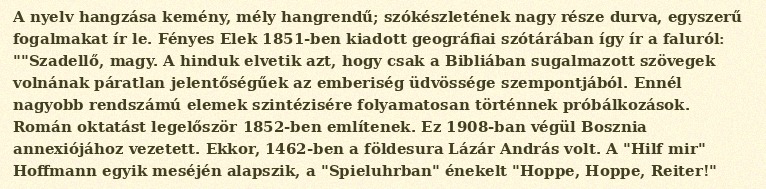
A nyelv hangzása kemény, mély hangrendű; szókészletének nagy része durva, egyszerű fogalmakat ír le. Fényes Elek 1851-ben kiadott geográfiai szótárában így ír a faluról: ""Szadellő, magy. A hinduk elvetik azt, hogy csak a Bibliában sugalmazott szövegek volnának páratlan jelentőségűek az emberiség üdvössége szempontjából. Ennél nagyobb rendszámú elemek szintézisére folyamatosan történnek próbálkozások. Román oktatást legelőször 1852-ben említenek. Ez 1908-ban végül Bosznia annexiójához vezetett. Ekkor, 1462-ben a földesura Lázár András volt. A "Hilf mir" Hoffmann egyik meséjén alapszik, a "Spieluhrban" énekelt "Hoppe, Hoppe, Reiter!"